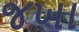
જખા